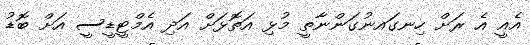
އެއީ އެ ރަށް ހިނގައނުގަންނާތީ މުޅި އަތޮޅަށް އަދި އެމްޓީޑީސީ އަށް ބޮޑު